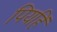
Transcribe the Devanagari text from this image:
पियहिं